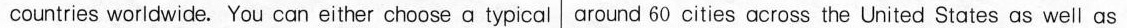
countries worldwide. You can either choose atypical around 60 cities across the United States as well as